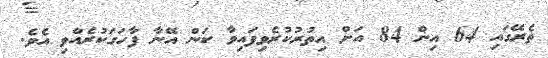
ތެރޭގައި 64 އިން 84 އަށް އިތުރުކުރެވިފައިވާ ކަން އޭނާ ފާހަގަކުރެއްވި އެވެ.